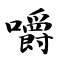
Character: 嚼